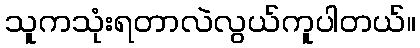
သူကသုံးရတာလဲလွယ်ကူပါတယ်။